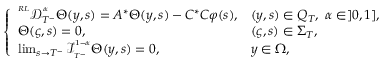
\left\{ \begin{array} { l l l l } { ^ { ^ { R L } } \mathcal { D } _ { T ^ { - } } ^ { ^ \alpha } \Theta ( y , s ) = A ^ { * } \Theta ( y , s ) - C ^ { * } C \varphi ( s ) , } & { ( y , s ) \in Q _ { T } , \ \alpha \in ] 0 , 1 ] , } \\ { \Theta ( \varsigma , s ) = 0 , } & { ( \varsigma , s ) \in \Sigma _ { T } , } \\ { \operatorname* { l i m } _ { s \rightarrow T ^ { - } } \mathcal { I } _ { _ { T ^ { - } } } ^ { ^ { 1 - \alpha } } \Theta ( y , s ) = 0 , } & { y \in \Omega , } \end{array} \right.